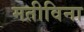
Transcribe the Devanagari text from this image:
मतीविना